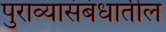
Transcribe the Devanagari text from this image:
पुराव्यासंबंधातील